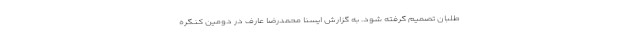
طلبان تصمیم گرفته شود. به گزارش ایسنا محمدرضا عارف در دومین کنگره